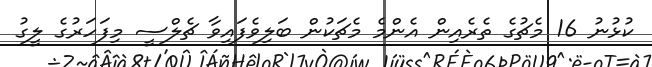
ކުޅުނު 16 މެޗުގެ ތެރެއިން އެންމެ މެޗަކުން ބަލިވެފައިވާ ޗެލްސީ މިފަހަރުގެ ލީގު